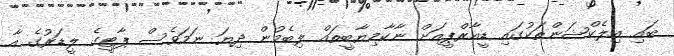
ބައި އިލެކްޝަންތަކުގައި ޑީއާރްޕީއަށް ނާކާމިޔާބީތައް ލިބެމުން ދިޔަ ނަމަވެސް ޕާޓީގެ ލީޑަރުގެ އާ